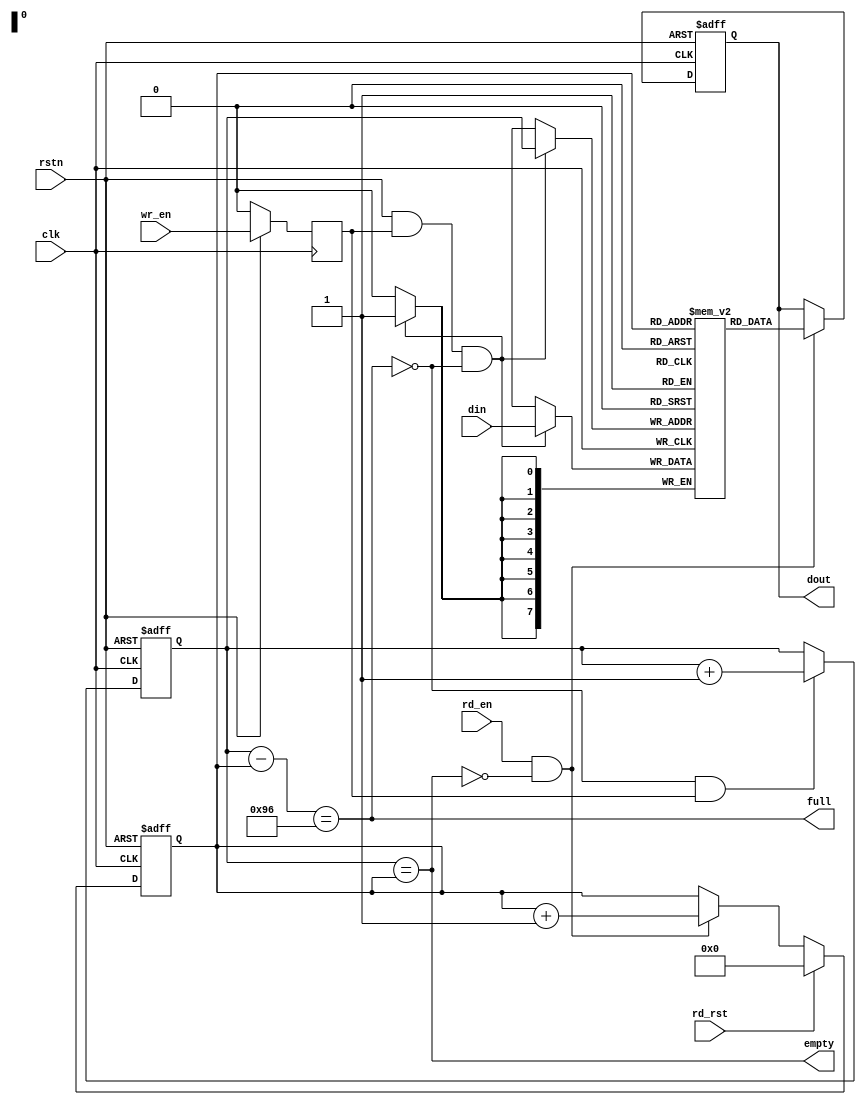
module FIFO_fmap
( 	
    input  clk,
	input  rstn,
	input  [7:0] din,
	input  wr_en,
	input  rd_en,
	input  rd_rst,
	output empty,
	output full,
	output [7:0] dout
);
	reg [7:0] rd_ptr, wr_ptr;
	reg [7:0] mem [0:149];//  150
	reg [7:0] dout_r;
	integer i;
	
	assign empty = (wr_ptr == rd_ptr);
	assign full  = ((wr_ptr - rd_ptr) == 8'd150);
	
	// 
	reg wr_en_delay;
	always@(posedge clk)begin
		if(!rstn)
			wr_en_delay <= 0;
		else
			wr_en_delay <= wr_en;
	end
	// 
	always @(posedge clk or negedge rstn)begin
		if(!rstn)
			dout_r <= 0;
		else if(rd_en && !empty)
			dout_r <= mem[rd_ptr];
	end
	// 
	always @(posedge clk) 
	begin
	if(rstn && wr_en_delay && !full)
		mem[wr_ptr] <= din;
	end
	
	// 	
	always @(posedge clk or negedge rstn) 
	begin
		if(!rstn) 
			wr_ptr <= 0;
		else if(!full && wr_en_delay)// 
			wr_ptr <= wr_ptr + 1;
	end
	
	// 
	always @(posedge clk or negedge rstn) 
	begin
		if(!rstn)
			rd_ptr <= 0;
		else
			if(rd_rst)	
				rd_ptr <= 0;
			else if(!empty && rd_en)// 
				rd_ptr <= rd_ptr + 1;
		end
	
	assign dout = dout_r;

endmodule